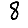
Digit: 8